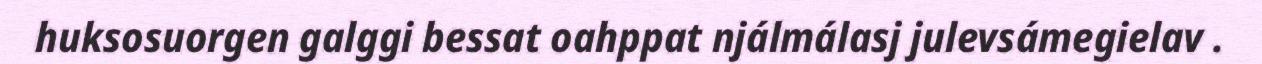
huksosuorgen galggi bessat oahppat njálmálasj julevsámegielav .